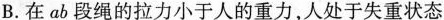
B.在ab段绳的拉力小于人的重力，人处于失重状态